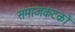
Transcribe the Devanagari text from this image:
समाजकंटकों